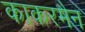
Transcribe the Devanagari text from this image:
काकरमैन